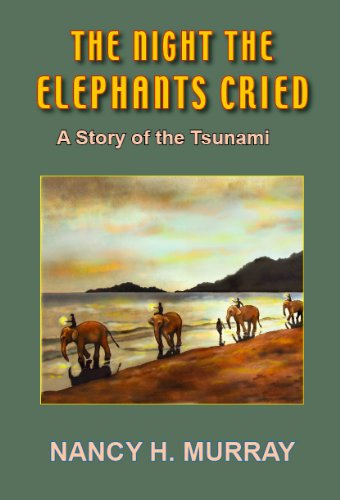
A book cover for The Night the Elephants Cried - A Story of the Tsunami; Nancy H. Murray; Teen & Young Adult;